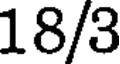
18/3